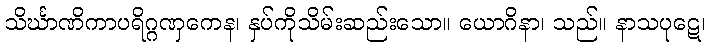
သိင်္ဃာဏိကာပရိဂ္ဂဏှကေန၊ နှပ်ကိုသိမ်းဆည်းသော။ ယောဂိနာ၊ သည်။ နာသပုဋေ၊